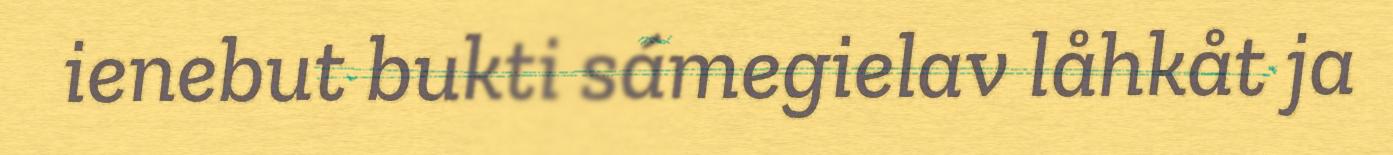
ienebut bukti sámegielav låhkåt ja